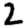
Digit: 2